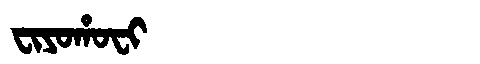
Manchu: ᠸᡳᠶᠣᡥᠣᠸᡳ
Romanization: FIYOHOFI